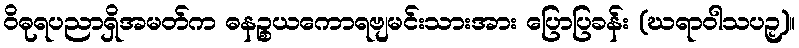
ဝိဓုရပညာရှိအမတ်က ဓနဉ္စယကောရဗျမင်းသားအား ပြောပြခန်း (ဃရာဝါသပဉှ)။